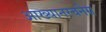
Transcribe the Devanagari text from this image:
आख्यानरचनेस